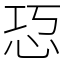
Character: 㤍